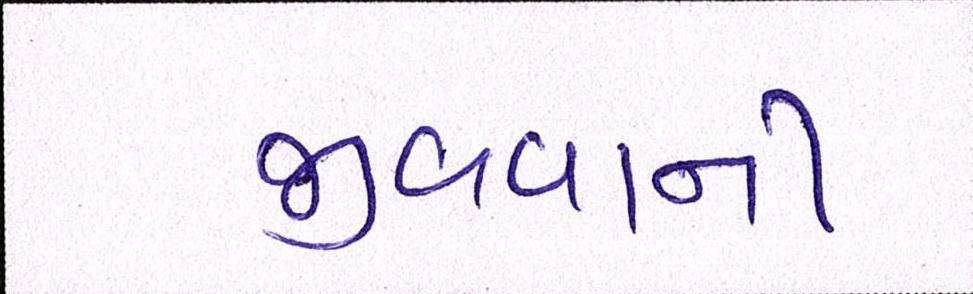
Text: જીવવાની